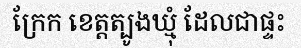
ក្រែក ខេត្តត្បូងឃ្មុំ ដែលជាផ្ទះ